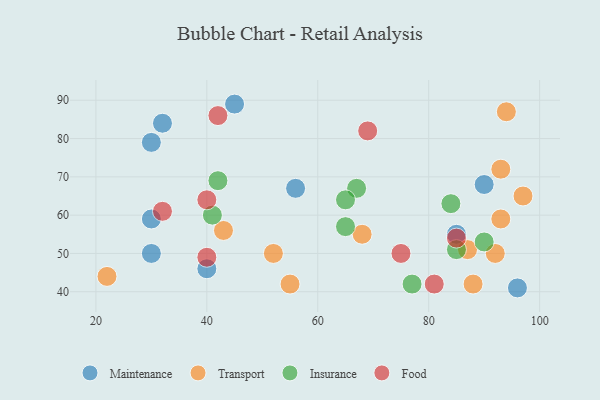
{"axis": {"x": "GDP", "y": "Life Expectancy"}, "legend": ["Food", "Insurance", "Maintenance", "Transport"], "data": [{"x": "30", "y": 50, "type": "Maintenance"}, {"x": "45", "y": 89, "type": "Maintenance"}, {"x": "56", "y": 67, "type": "Maintenance"}, {"x": "30", "y": 59, "type": "Maintenance"}, {"x": "40", "y": 46, "type": "Maintenance"}, {"x": "85", "y": 55, "type": "Maintenance"}, {"x": "32", "y": 84, "type": "Maintenance"}, {"x": "90", "y": 68, "type": "Maintenance"}, {"x": "30", "y": 79, "type": "Maintenance"}, {"x": "96", "y": 41, "type": "Maintenance"}, {"x": "43", "y": 56, "type": "Transport"}, {"x": "87", "y": 51, "type": "Transport"}, {"x": "97", "y": 65, "type": "Transport"}, {"x": "92", "y": 50, "type": "Transport"}, {"x": "52", "y": 50, "type": "Transport"}, {"x": "68", "y": 55, "type": "Transport"}, {"x": "55", "y": 42, "type": "Transport"}, {"x": "93", "y": 59, "type": "Transport"}, {"x": "22", "y": 44, "type": "Transport"}, {"x": "94", "y": 87, "type": "Transport"}, {"x": "88", "y": 42, "type": "Transport"}, {"x": "93", "y": 72, "type": "Transport"}, {"x": "42", "y": 69, "type": "Insurance"}, {"x": "90", "y": 53, "type": "Insurance"}, {"x": "65", "y": 57, "type": "Insurance"}, {"x": "67", "y": 67, "type": "Insurance"}, {"x": "41", "y": 60, "type": "Insurance"}, {"x": "85", "y": 51, "type": "Insurance"}, {"x": "84", "y": 63, "type": "Insurance"}, {"x": "77", "y": 42, "type": "Insurance"}, {"x": "65", "y": 64, "type": "Insurance"}, {"x": "40", "y": 49, "type": "Food"}, {"x": "40", "y": 64, "type": "Food"}, {"x": "75", "y": 50, "type": "Food"}, {"x": "85", "y": 54, "type": "Food"}, {"x": "32", "y": 61, "type": "Food"}, {"x": "81", "y": 42, "type": "Food"}, {"x": "42", "y": 86, "type": "Food"}, {"x": "69", "y": 82, "type": "Food"}]}